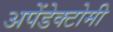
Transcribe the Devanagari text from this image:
अपेंडेक्टोमी